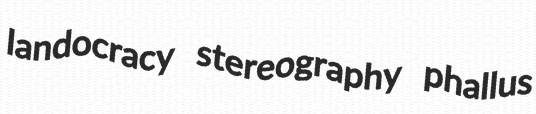
landocracy stereography phallus